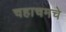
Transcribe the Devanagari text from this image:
चहाचमचे